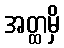
အတ္ထမှိ